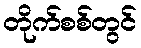
တိုက်စစ်တွင်